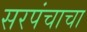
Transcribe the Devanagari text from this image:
सरपंचाचा